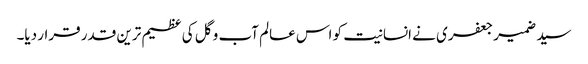
سید ضمیر جعفری نے انسانیت کو اس عالم آب و گل کی عظیم ترین قدر قرار دیا۔